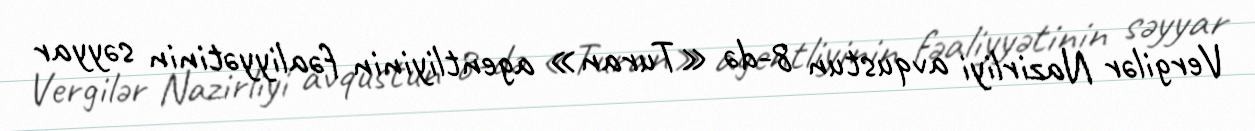
Vergilər Nazirliyi avqustun 8-də «Turan» agentliyinin fəaliyyətinin səyyar